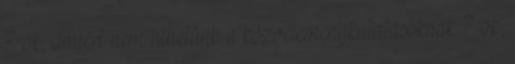
7 ok, amiért nem hihetünk a közvéleménykutatásoknak 7 ok,